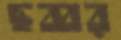
ছব্বর